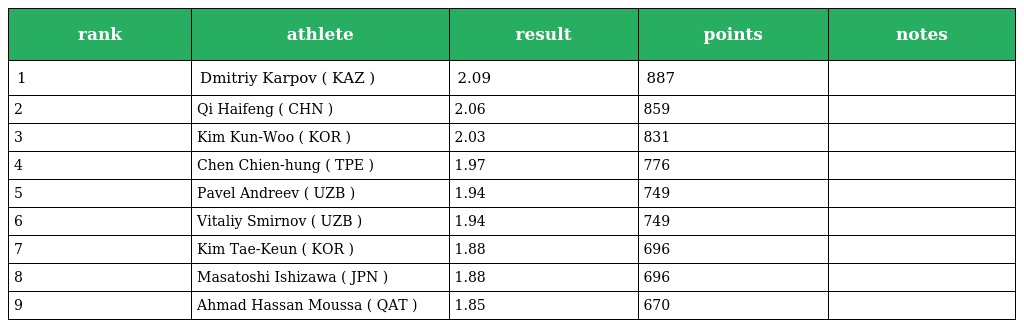
| rank | athlete | result | points | notes |
 | --- | --- | --- | --- | --- |
 | 1 | Dmitriy Karpov ( KAZ ) | 2.09 | 887 |  |
 | 2 | Qi Haifeng ( CHN ) | 2.06 | 859 |  |
 | 3 | Kim Kun-Woo ( KOR ) | 2.03 | 831 |  |
 | 4 | Chen Chien-hung ( TPE ) | 1.97 | 776 |  |
 | 5 | Pavel Andreev ( UZB ) | 1.94 | 749 |  |
 | 6 | Vitaliy Smirnov ( UZB ) | 1.94 | 749 |  |
 | 7 | Kim Tae-Keun ( KOR ) | 1.88 | 696 |  |
 | 8 | Masatoshi Ishizawa ( JPN ) | 1.88 | 696 |  |
 | 9 | Ahmad Hassan Moussa ( QAT ) | 1.85 | 670 |  |